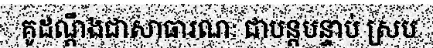
គូដណ្តឹងជាសាធារណៈ ជាបន្តបន្ទាប់ ស្រប